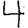
Digit: 4